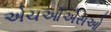
એચઓએસઓ